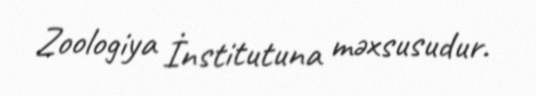
Zoologiya İnstitutuna məxsusudur.